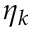
\eta _ { k }